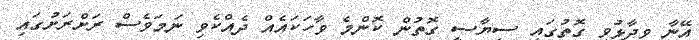
އޭނާ ވިދާޅުވި ގޮތުގައި ސިޔާސީ ގޮތުން ކޮންމެ ވާހަކައެއް ދެއްކެވި ނަމަވެސް ރަށްރަށުގައި